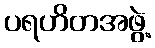
ပရဟိတအဖွဲ့